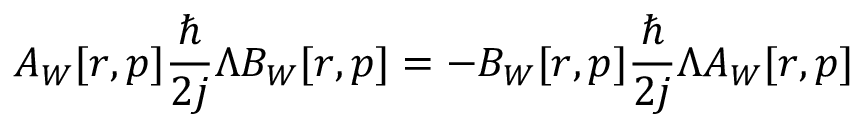
A _ { W } [ r , p ] \frac { \hbar } { 2 j } \Lambda B _ { W } [ r , p ] = - B _ { W } [ r , p ] \frac { \hbar } { 2 j } \Lambda A _ { W } [ r , p ]